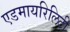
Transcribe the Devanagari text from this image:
एडमायरिलिटी